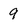
Character: 9